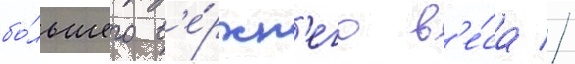
бо́льшего в'е́рхн'его в'е́са //